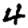
Digit: 4